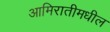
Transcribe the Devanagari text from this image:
आमिरातीमधील